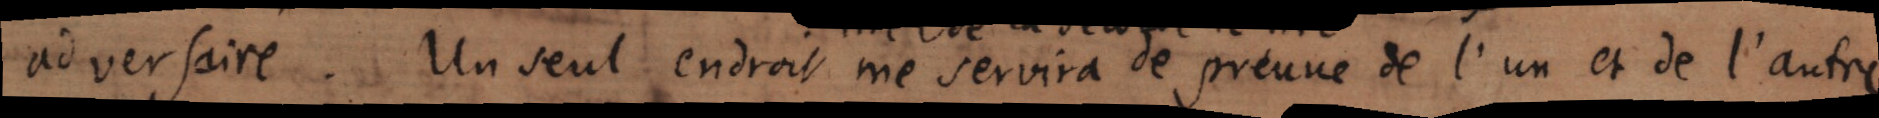
adversaire . Un seul me servira de preuve de l’un et de l’autre